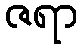
ဇရာ